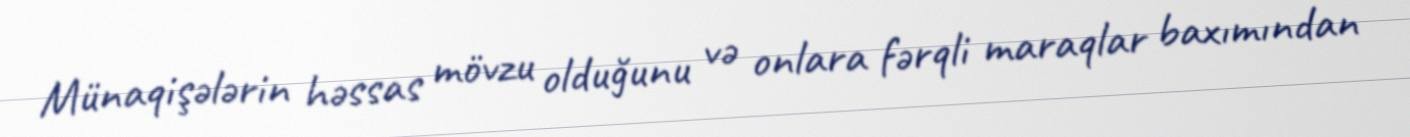
Münaqişələrin həssas mövzu olduğunu və onlara fərqli maraqlar baxımından